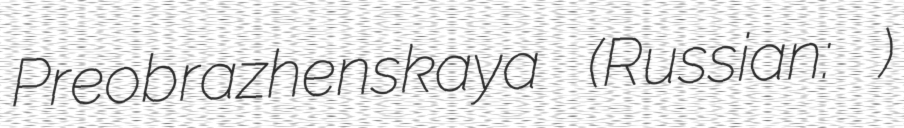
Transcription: Preobrazhenskaya (Russian: Преображенская)